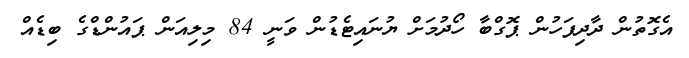
އެގޮތުން ދާދިފަހުން ޕޮގްބާ ހޯދުމަށް ޔުނައިޓެޑުން ވަނީ 84 މިލިއަން ޕައުންޑްގެ ބިޑެއް